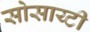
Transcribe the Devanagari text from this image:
सोसाय्टी